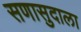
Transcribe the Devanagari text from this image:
सणासुदाला